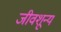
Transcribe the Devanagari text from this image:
जीवशून्य